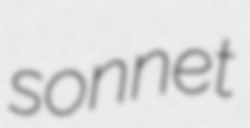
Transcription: sonnet